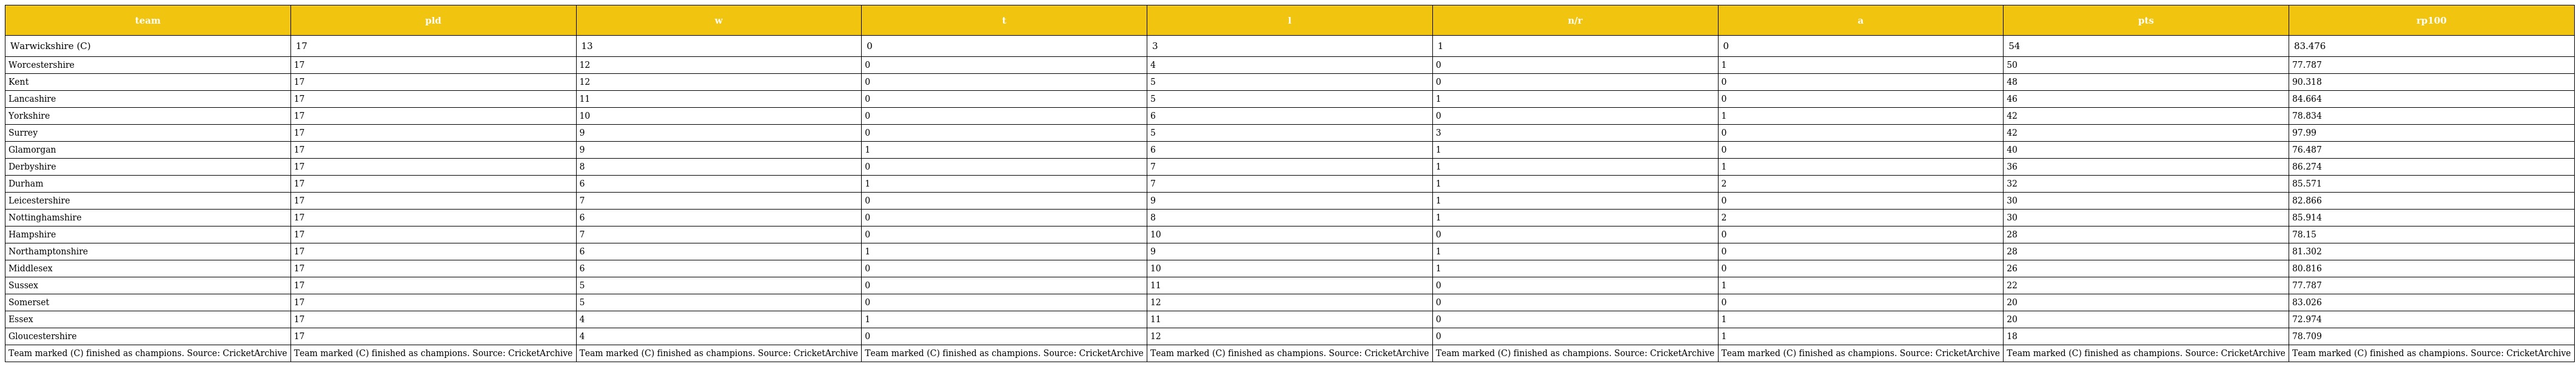
| team | pld | w | t | l | n/r | a | pts | rp100 |
 | --- | --- | --- | --- | --- | --- | --- | --- | --- |
 | Warwickshire (C) | 17 | 13 | 0 | 3 | 1 | 0 | 54 | 83.476 |
 | Worcestershire | 17 | 12 | 0 | 4 | 0 | 1 | 50 | 77.787 |
 | Kent | 17 | 12 | 0 | 5 | 0 | 0 | 48 | 90.318 |
 | Lancashire | 17 | 11 | 0 | 5 | 1 | 0 | 46 | 84.664 |
 | Yorkshire | 17 | 10 | 0 | 6 | 0 | 1 | 42 | 78.834 |
 | Surrey | 17 | 9 | 0 | 5 | 3 | 0 | 42 | 97.99 |
 | Glamorgan | 17 | 9 | 1 | 6 | 1 | 0 | 40 | 76.487 |
 | Derbyshire | 17 | 8 | 0 | 7 | 1 | 1 | 36 | 86.274 |
 | Durham | 17 | 6 | 1 | 7 | 1 | 2 | 32 | 85.571 |
 | Leicestershire | 17 | 7 | 0 | 9 | 1 | 0 | 30 | 82.866 |
 | Nottinghamshire | 17 | 6 | 0 | 8 | 1 | 2 | 30 | 85.914 |
 | Hampshire | 17 | 7 | 0 | 10 | 0 | 0 | 28 | 78.15 |
 | Northamptonshire | 17 | 6 | 1 | 9 | 1 | 0 | 28 | 81.302 |
 | Middlesex | 17 | 6 | 0 | 10 | 1 | 0 | 26 | 80.816 |
 | Sussex | 17 | 5 | 0 | 11 | 0 | 1 | 22 | 77.787 |
 | Somerset | 17 | 5 | 0 | 12 | 0 | 0 | 20 | 83.026 |
 | Essex | 17 | 4 | 1 | 11 | 0 | 1 | 20 | 72.974 |
 | Gloucestershire | 17 | 4 | 0 | 12 | 0 | 1 | 18 | 78.709 |
 | Team marked (C) finished as champions. Source: CricketArchive | Team marked (C) finished as champions. Source: CricketArchive | Team marked (C) finished as champions. Source: CricketArchive | Team marked (C) finished as champions. Source: CricketArchive | Team marked (C) finished as champions. Source: CricketArchive | Team marked (C) finished as champions. Source: CricketArchive | Team marked (C) finished as champions. Source: CricketArchive | Team marked (C) finished as champions. Source: CricketArchive | Team marked (C) finished as champions. Source: CricketArchive |